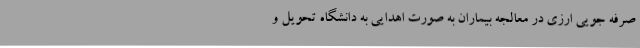
صرفه جویی ارزی در معالجه بیماران به صورت اهدایی به دانشگاه تحویل و